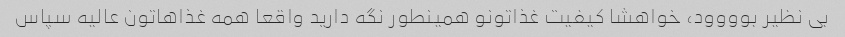
بی نظیر بوووود، خواهشا کیفیت غذاتونو همینطور نگه دارید واقعا همه غذاهاتون عالیه سپاس